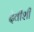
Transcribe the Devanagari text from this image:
देवीशी